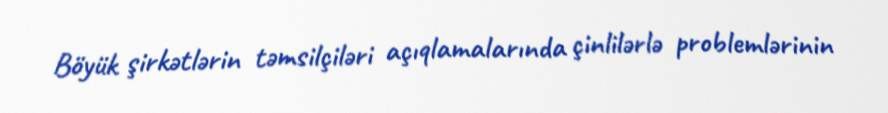
Böyük şirkətlərin təmsilçiləri açıqlamalarında çinlilərlə problemlərinin